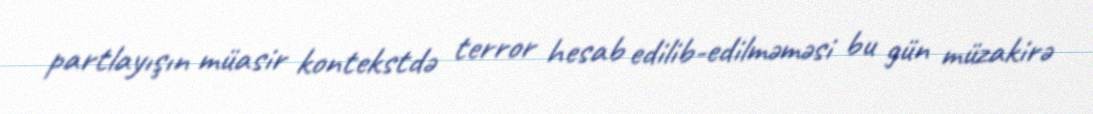
partlayışın müasir kontekstdə terror hesab edilib-edilməməsi bu gün müzakirə